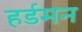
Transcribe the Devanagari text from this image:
हर्डमन